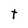
Character: t